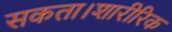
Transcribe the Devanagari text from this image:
सकता।शारीरिक